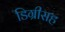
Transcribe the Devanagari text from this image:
डिग्रीसह